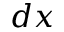
d x